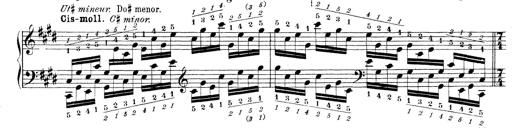
Title: Technische Studien
Composer: Franz Liszt